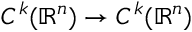
C ^ { k } ( \mathbb { R } ^ { n } ) \to C ^ { k } ( \mathbb { R } ^ { n } )